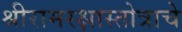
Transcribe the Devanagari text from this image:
श्रीरामरक्षास्तोत्राचे